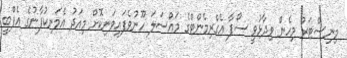
މިނިސްޓަރު މިހެން ވިދާޅުވީ ސޯފާ އެގްރިމެންޓްގެ މައްސަލަ ހޫނުވެފައިވަނިކޮށް މިއަދު އެމަނިކުފާނުގެ އެފްބީ